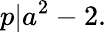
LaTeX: p|a^{2}-2.